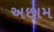
અછામ